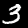
Digit: 3